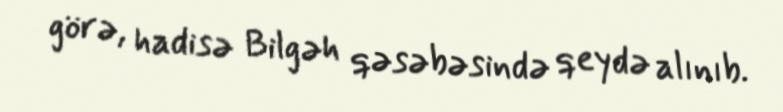
görə, hadisə Bilgəh qəsəbəsində qeydə alınıb.